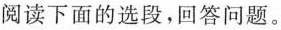
阅读下面的选段，回答问题。